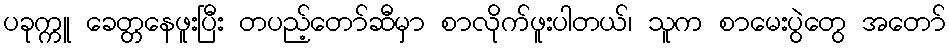
ပခုက္ကူ ခေတ္တနေဖူးပြီး တပည့်တော်ဆီမှာ စာလိုက်ဖူးပါတယ်၊ သူက စာမေးပွဲတွေ အတော်